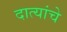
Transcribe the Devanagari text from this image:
दात्यांचे